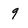
Character: 9